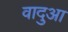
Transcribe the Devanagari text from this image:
वादुआ